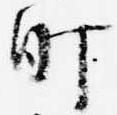
町